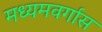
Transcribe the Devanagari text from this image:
मध्यमवर्गास